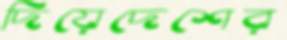
দিয়েদেশের